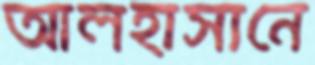
আলহাসানে